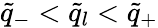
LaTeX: \tilde{q}_{-}<\tilde{q}_{l}<\tilde{q}_{+}